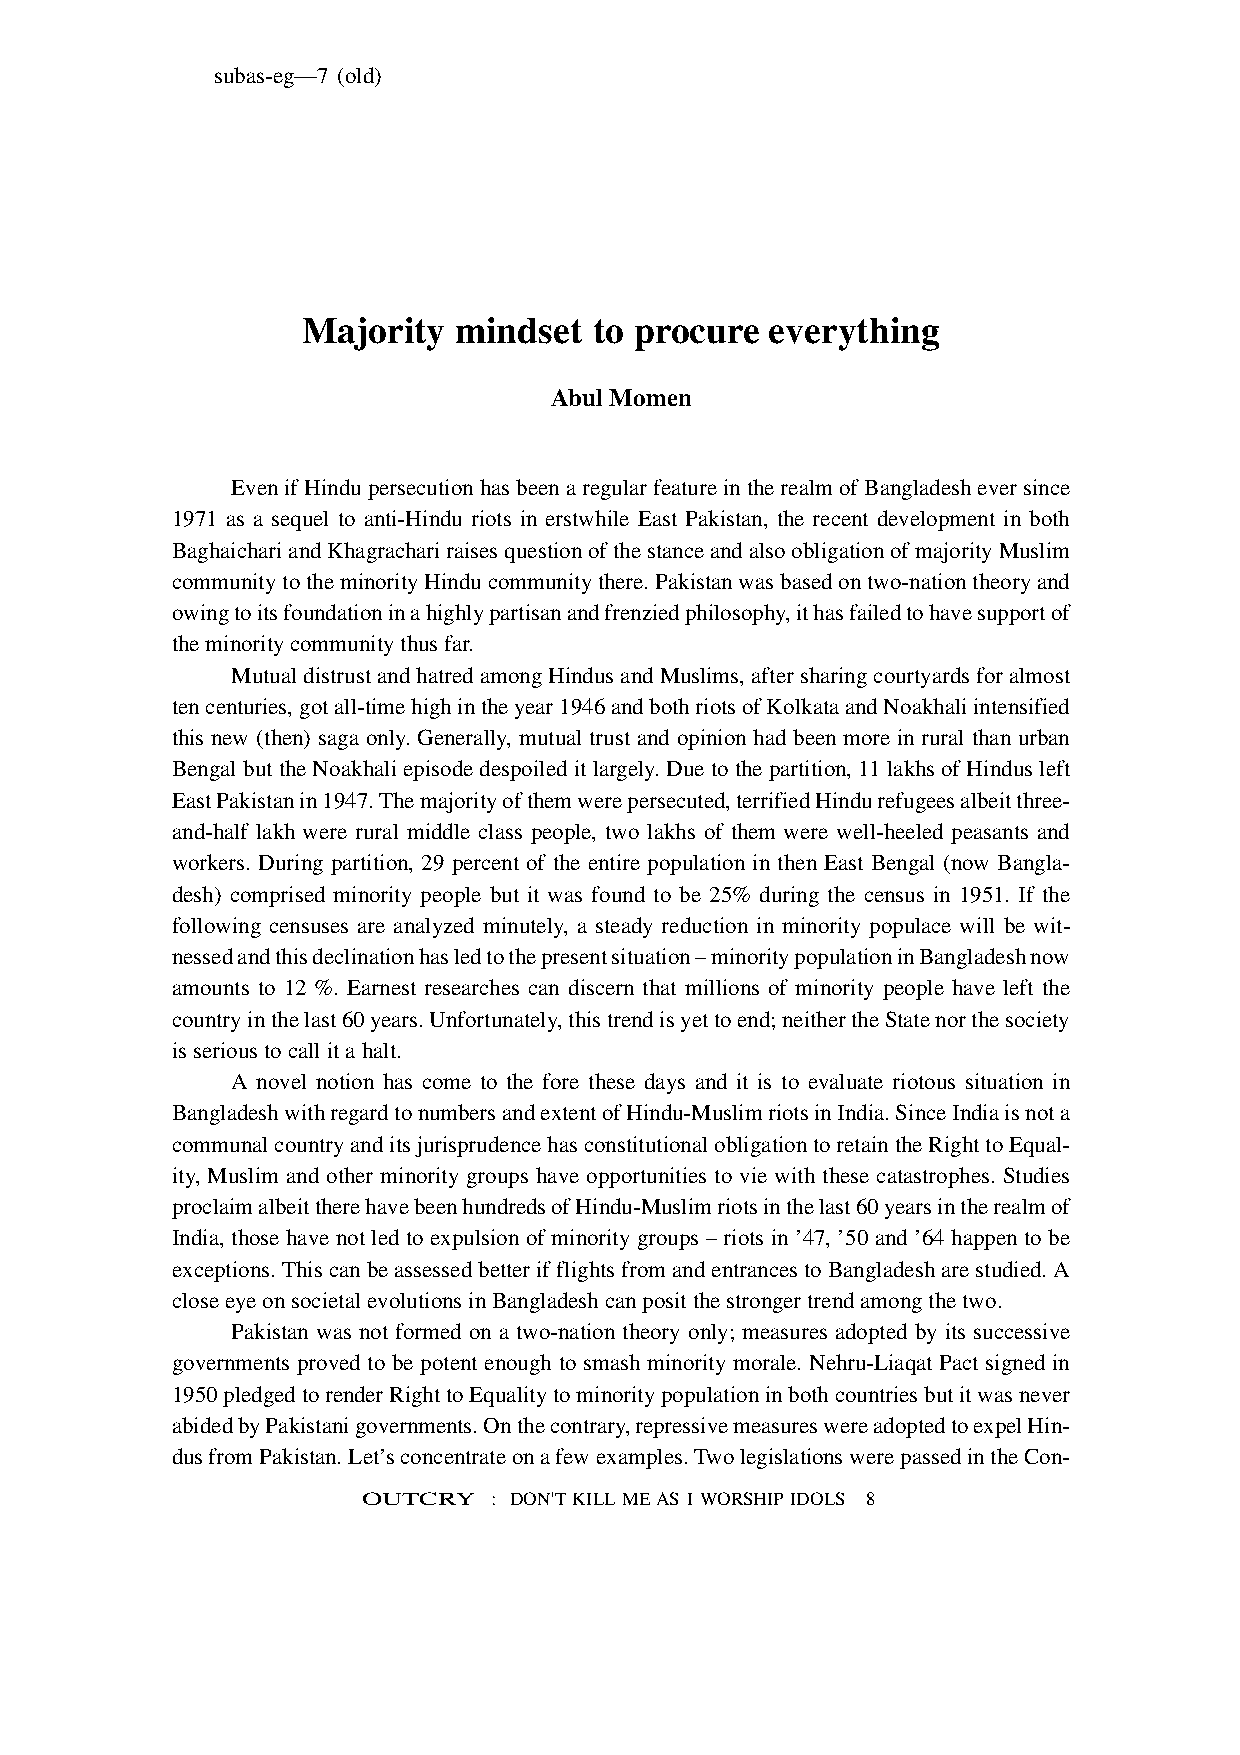
subas-eg—7 (old)
 Majority  mindset  to procure  everything
 Abul Momen
 Even if Hindu persecution has been a regular feature in the realm of Bangladesh ever since
 1971 as a sequel to anti-Hindu riots in erstwhile East Pakistan, the recent development in both
 Baghaichari and Khagrachari raises question of the stance and also obligation of majority Muslim
 community to the minority Hindu community there. Pakistan was based on two-nation theory and
 owing to its foundation in a highly partisan and frenzied philosophy, it has failed to have support of
 the minority community thus far.
 Mutual distrust and hatred among Hindus and Muslims, after sharing courtyards for almost
 ten centuries, got all-time high in the year 1946 and both riots of Kolkata and Noakhali intensified
 this new (then) saga only. Generally, mutual trust and opinion had been more in rural than urban
 Bengal but the Noakhali episode despoiled it largely. Due to the partition, 11 lakhs of Hindus left
 East Pakistan in 1947. The majority of them were persecuted, terrified Hindu refugees albeit three-
 and-half lakh were rural middle class people, two lakhs of them were well-heeled peasants and
 workers. During partition, 29 percent of the entire population in then East Bengal (now Bangla-
 desh) comprised minority people but it was found to be 25% during the census in 1951. If the
 following censuses are analyzed minutely, a steady reduction in minority populace will be wit-
 nessed and this declination has led to the present situation – minority population in Bangladesh now
 amounts to 12 %. Earnest researches can discern that millions of minority people have left the
 country in the last 60 years. Unfortunately, this trend is yet to end; neither the State nor the society
 is serious to call it a halt.
 A novel notion has come to the fore these days and it is to evaluate riotous situation in
 Bangladesh with regard to numbers and extent of Hindu-Muslim riots in India. Since India is not a
 communal country and its jurisprudence has constitutional obligation to retain the Right to Equal-
 ity, Muslim and other minority groups have opportunities to vie with these catastrophes. Studies
 proclaim albeit there have been hundreds of Hindu-Muslim riots in the last 60 years in the realm of
 India, those have not led to expulsion of minority groups – riots in ’47, ’50 and ’64 happen to be
 exceptions. This can be assessed better if flights from and entrances to Bangladesh are studied. A
 close eye on societal evolutions in Bangladesh can posit the stronger trend among the two.
 Pakistan was not formed on a two-nation theory only; measures adopted by its successive
 governments proved to be potent enough to smash minority morale. Nehru-Liaqat Pact signed in
 1950 pledged to render Right to Equality to minority population in both countries but it was never
 abided by Pakistani governments. On the contrary, repressive measures were adopted to expel Hin-
 dus from Pakistan. Let’s concentrate on a few examples. Two legislations were passed in the Con-
 OUTCRY   : DON'T KILL ME AS I WORSHIP IDOLS 8